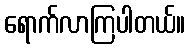
ရောက်လာကြပါတယ်။